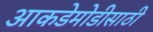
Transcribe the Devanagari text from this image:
आकडेमोडीसाठी